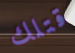
قتلك